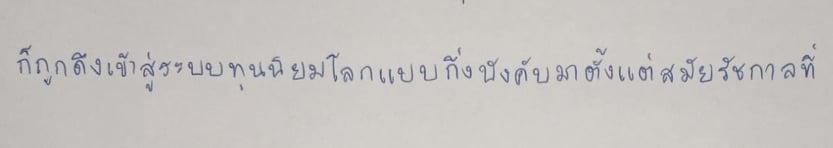
ก็ถูกดึงเข้าสู่ระบบทุนนิยมโลกแบบกึ่งบังคับมาตั้งแต่สมัยรัชกาลที่